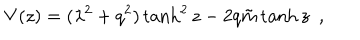
LaTeX: V ( z ) = ( \lambda ^ { 2 } + q ^ { 2 } ) \tanh ^ { 2 } z - 2 q { \tilde { m } } \tanh z ~ ~ ,